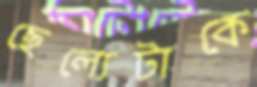
ছেল্যেটাকে